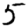
Digit: 5